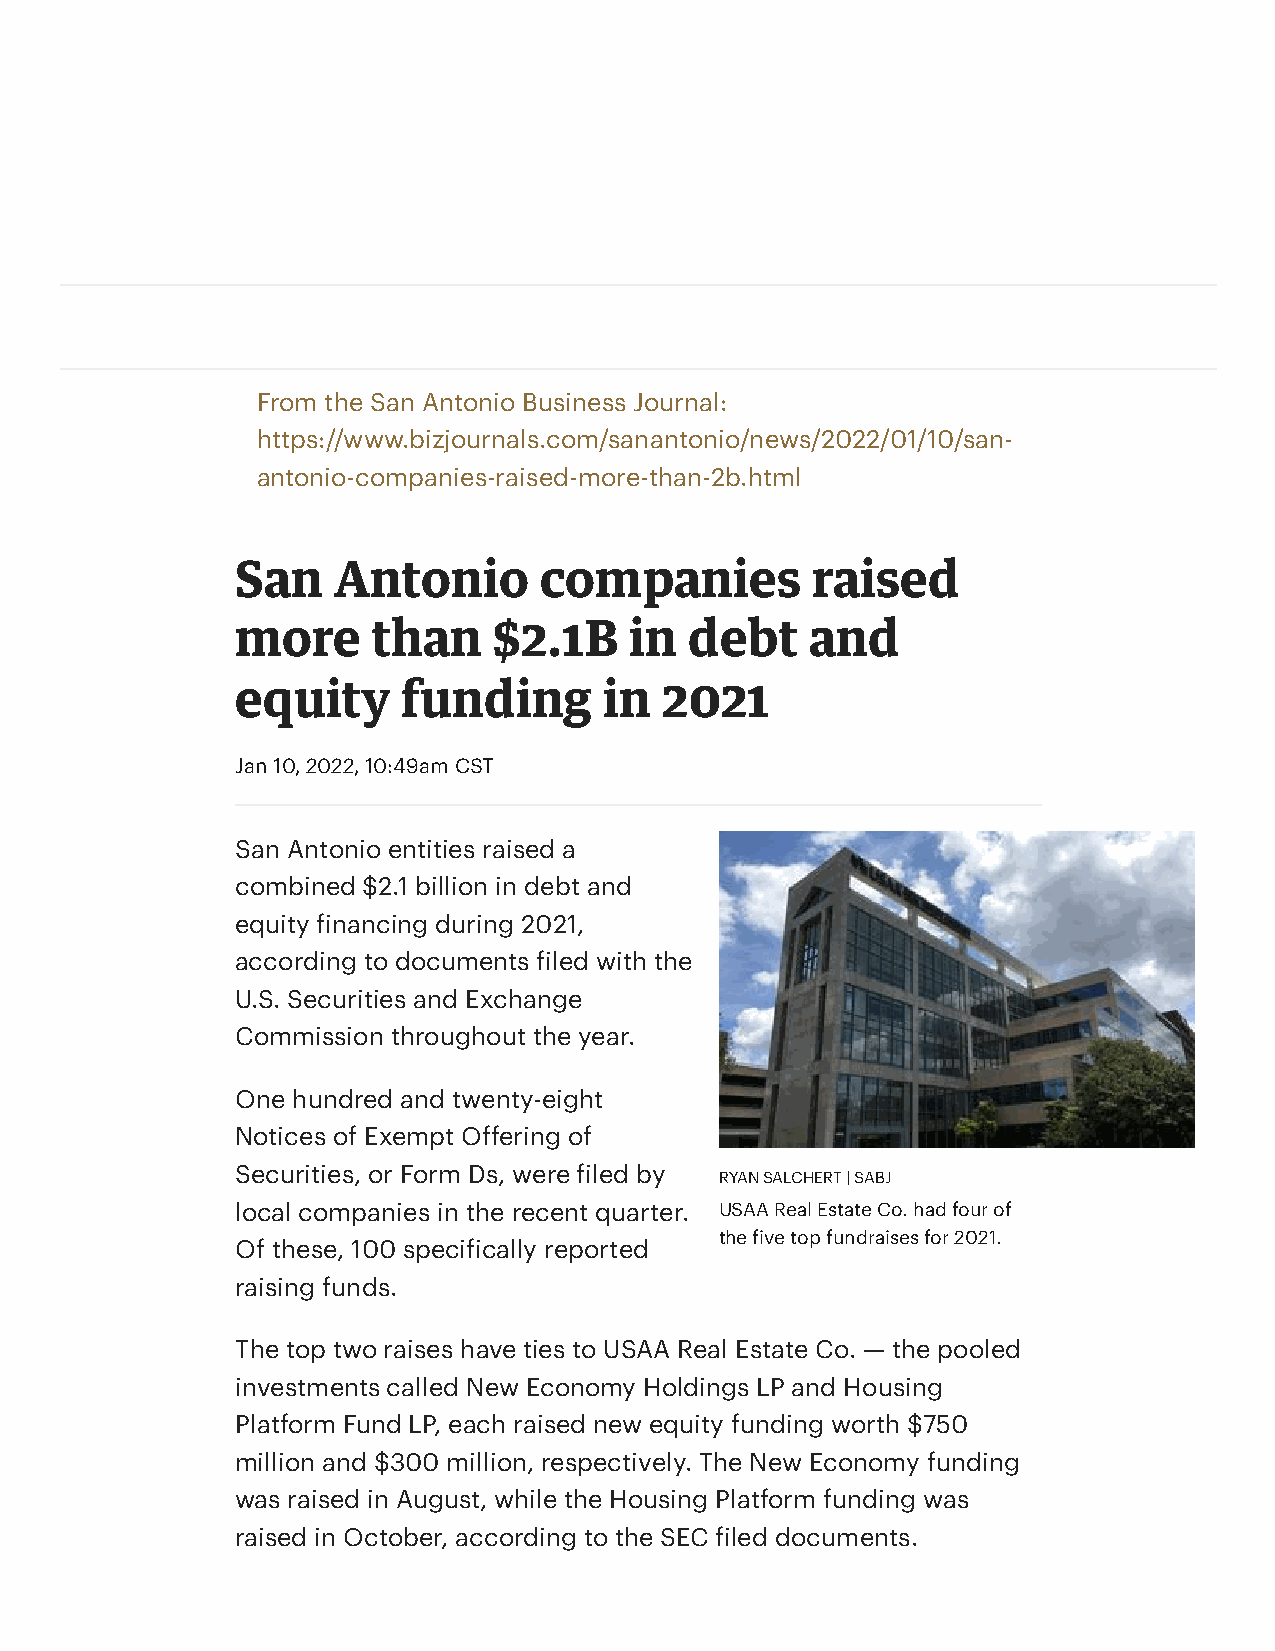
From the San Antonio Business Journal:
 https://www.bizjournals.com/sanantonio/news/2022/01/10/san-
 antonio-companies-raised-more-than-2b.html
 San   Antonio       companies         raised
 more     than    $2.1B    in  debt    and
 equity     funding      in  2021
 Jan 10, 2022, 10:49am CST
 San Antonio entities raised a
 combined $2.1 billion in debt and
 equity financing during 2021,
 according to documents filed with the
 U.S. Securities and Exchange
 Commission throughout the year.
 One hundred and twenty-eight
 Notices of Exempt Offering of
 Securities, or Form Ds, were filed by
 RYAN SALCHERT | SABJ
 local companies in the recent quarter. USAA Real Estate Co. had four of
 the five top fundraises for 2021.
 Of these, 100 specifically reported
 raising funds.
 The top two raises have ties to USAA Real Estate Co. — the pooled
 investments called New Economy Holdings LP and Housing
 Platform Fund LP, each raised new equity funding worth $750
 million and $300 million, respectively. The New Economy funding
 was raised in August, while the Housing Platform funding was
 raised in October, according to the SEC filed documents.